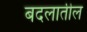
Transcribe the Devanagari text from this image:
बदलातील